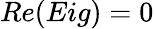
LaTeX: Re(Eig)=0